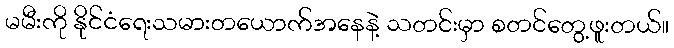
မမီးကို နိုင်ငံရေးသမားတယောက်အနေနဲ့ သတင်းမှာ စတင်တွေ့ဖူးတယ်။